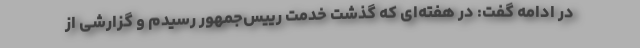
در ادامه گفت: در هفته‌ای که گذشت خدمت رییس‌جمهور رسیدم و گزارشی از